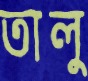
তালু